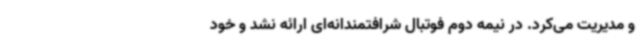
و مدیریت می‌کرد. در نیمه دوم فوتبال شرافتمندانه‌ای ارائه نشد و خود